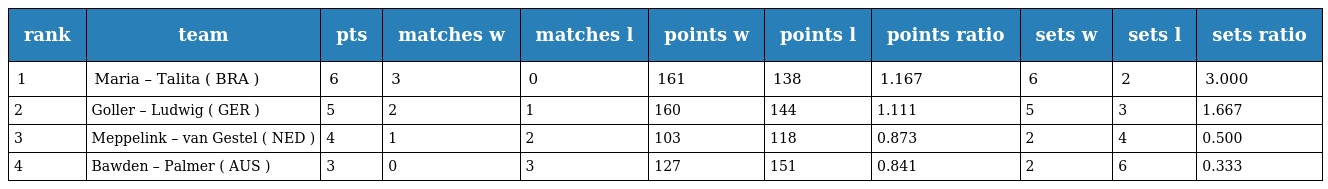
| rank | team | pts | matches w | matches l | points w | points l | points ratio | sets w | sets l | sets ratio |
 | --- | --- | --- | --- | --- | --- | --- | --- | --- | --- | --- |
 | 1 | Maria – Talita ( BRA ) | 6 | 3 | 0 | 161 | 138 | 1.167 | 6 | 2 | 3.000 |
 | 2 | Goller – Ludwig ( GER ) | 5 | 2 | 1 | 160 | 144 | 1.111 | 5 | 3 | 1.667 |
 | 3 | Meppelink – van Gestel ( NED ) | 4 | 1 | 2 | 103 | 118 | 0.873 | 2 | 4 | 0.500 |
 | 4 | Bawden – Palmer ( AUS ) | 3 | 0 | 3 | 127 | 151 | 0.841 | 2 | 6 | 0.333 |